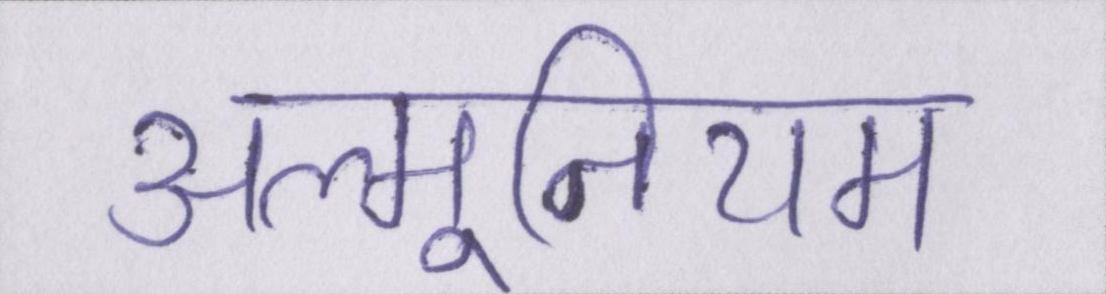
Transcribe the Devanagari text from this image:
अल्मूनियम